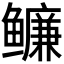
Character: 𬶶